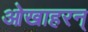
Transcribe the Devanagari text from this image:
ओखाहरन्